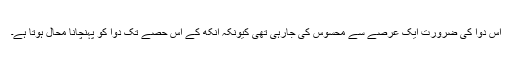
اس دوا کی ضرورت ایک عرصے سے محسوس کی جارہی تھی کیونکہ آنکھ کے اس حصے تک دوا کو پہنچانا محال ہوتا ہے۔